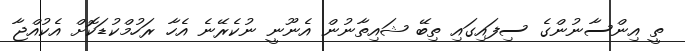
ތީ އިންސާނުންގެ ސިފައިގައި ތިބޭ ޝައިތާނުން އެނޫނީ ނުކެރޭނެ އެހާ ރަހުމްކުޑަކޮށް އެކުއްޖާ